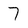
Character: 7